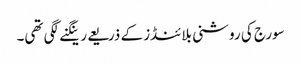
سورج کی روشنی بلائنڈز کے ذریعے رینگنے لگی تھی۔